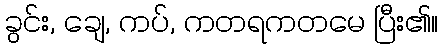
ခွင်း, ချေ, ကပ်, ကတရကတမေ ပြီး၏။